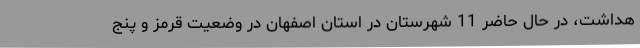
هداشت، در حال حاضر 11 شهرستان در استان اصفهان در وضعیت قرمز و پنج